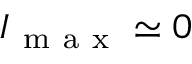
I _ { \mathrm { ~ m ~ a ~ x ~ } } \simeq 0